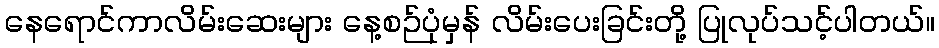
နေရောင်ကာလိမ်းဆေးများ နေ့စဉ်ပုံမှန် လိမ်းပေးခြင်းတို့ ပြုလုပ်သင့်ပါတယ်။